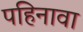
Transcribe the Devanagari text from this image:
पहिनावा